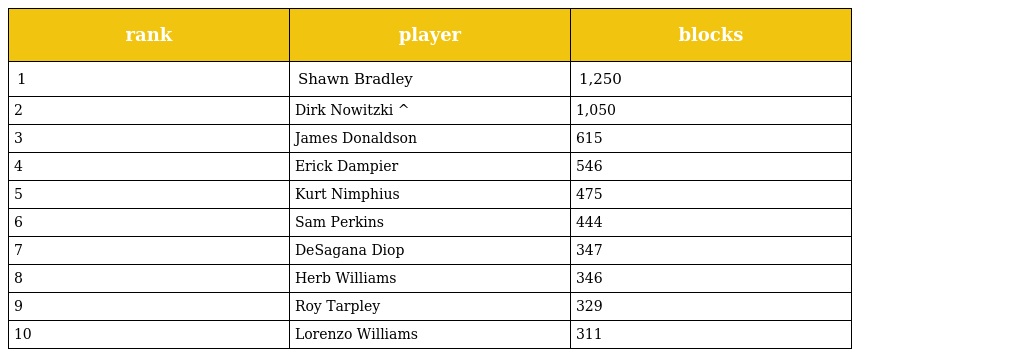
| rank | player | blocks |
 | --- | --- | --- |
 | 1 | Shawn Bradley | 1,250 |
 | 2 | Dirk Nowitzki ^ | 1,050 |
 | 3 | James Donaldson | 615 |
 | 4 | Erick Dampier | 546 |
 | 5 | Kurt Nimphius | 475 |
 | 6 | Sam Perkins | 444 |
 | 7 | DeSagana Diop | 347 |
 | 8 | Herb Williams | 346 |
 | 9 | Roy Tarpley | 329 |
 | 10 | Lorenzo Williams | 311 |